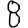
Digit: 8